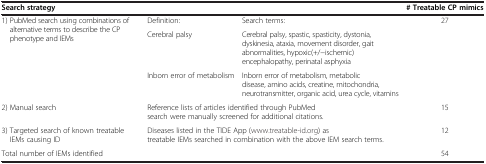
<table><thead><tr><td colspan="3"><b>Search strategy</b></td><td><b># Treatable CP mimics</b></td></tr></thead><tbody><tr><td rowspan="3">1) PubMed search using combinations of alternative terms to describe the CP phenotype and IEMs</td><td>Definition:</td><td>Search terms:</td><td rowspan="3">27</td></tr><tr><td>Cerebral palsy</td><td>Cerebral palsy, spastic, spasticity, dystonia, dyskinesia, ataxia, movement disorder, gait abnormalities, hypoxic(+/−ischemic) encephalopathy, perinatal asphyxia</td></tr><tr><td>Inborn error of metabolism</td><td>Inborn error of metabolism, metabolic disease, amino acids, creatine, mitochondria, neurotransmitter, organic acid, urea cycle, vitamins</td></tr><tr><td>2) Manual search</td><td colspan="2">Reference lists of articles identified through PubMed search were manually screened for additional citations.</td><td>15</td></tr><tr><td>3) Targeted search of known treatable IEMs causing ID</td><td colspan="2">Diseases listed in the TIDE App (www.treatable-id.org) as treatable IEMs searched in combination with the above IEM search terms.</td><td>12</td></tr><tr><td colspan="3">Total number of IEMs identified</td><td>54</td></tr></tbody></table>